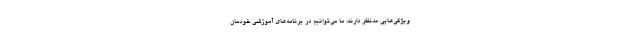
ویژگی‌هایی مدنظر دارند، ما می‌توانیم در برنامه‌های آموزشی خودمان